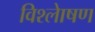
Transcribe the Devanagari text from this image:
विश्लेाषण